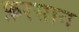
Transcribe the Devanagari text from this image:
फ़रसान